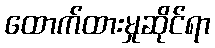
ထောက်ထားမှုဆိုင်ရာ